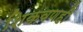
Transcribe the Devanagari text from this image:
शिकवणही